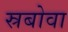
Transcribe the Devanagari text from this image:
स्रबोवा